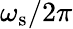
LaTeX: \omega_{\mathrm{s}}/2\pi